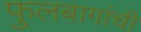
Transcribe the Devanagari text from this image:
फुलबागांची